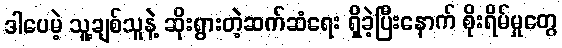
ဒါပေမဲ့ သူ့ချစ်သူနဲ့ ဆိုးရွားတဲ့ဆက်ဆံရေး ရှိခဲ့ပြီးနောက် စိုးရိမ်မှုတွေ